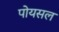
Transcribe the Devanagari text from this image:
पोयसल